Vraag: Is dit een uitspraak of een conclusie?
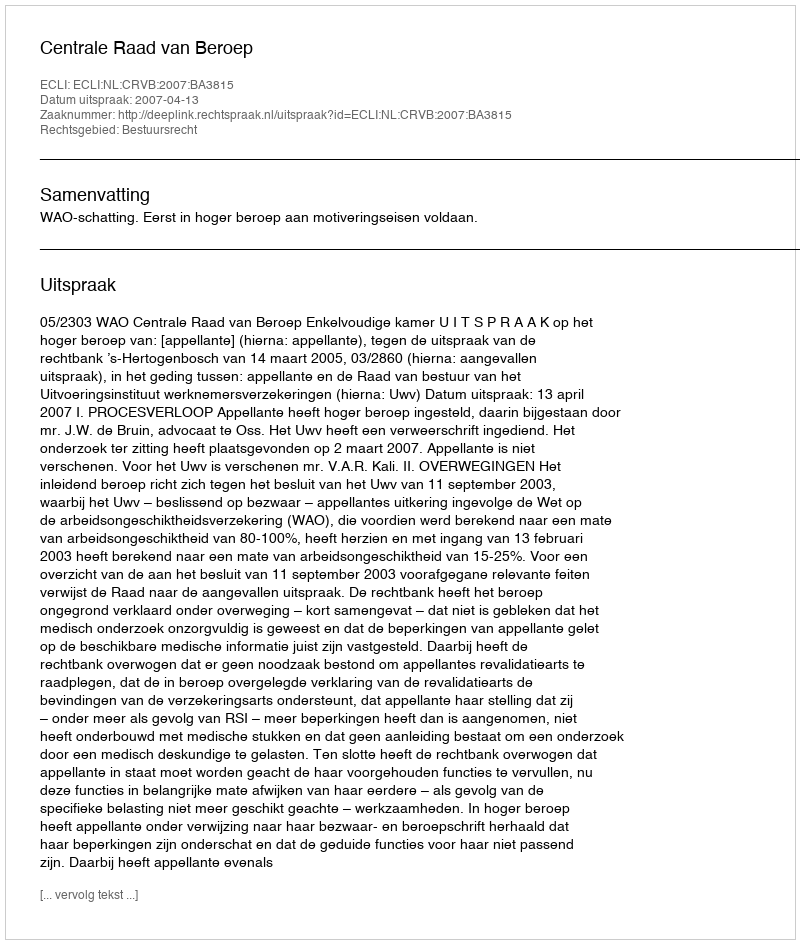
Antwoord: Uitspraak